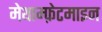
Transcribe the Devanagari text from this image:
मेथाम्फ़ेटमाइन